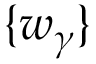
\{ w _ { \gamma } \}